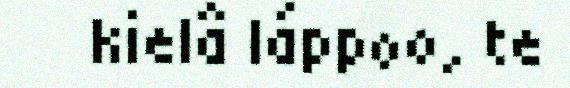
kielâ láppoo, te